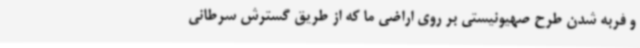
و فربه شدن طرح صهیونیستی بر روی اراضی ما که از طریق گسترش سرطانی